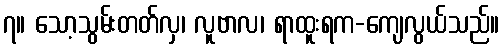
၇။ သော့သွမ်းတတ်လှ၊ လူဗာလ၊ ရာထူးရက-ကျေလွယ်သည်။